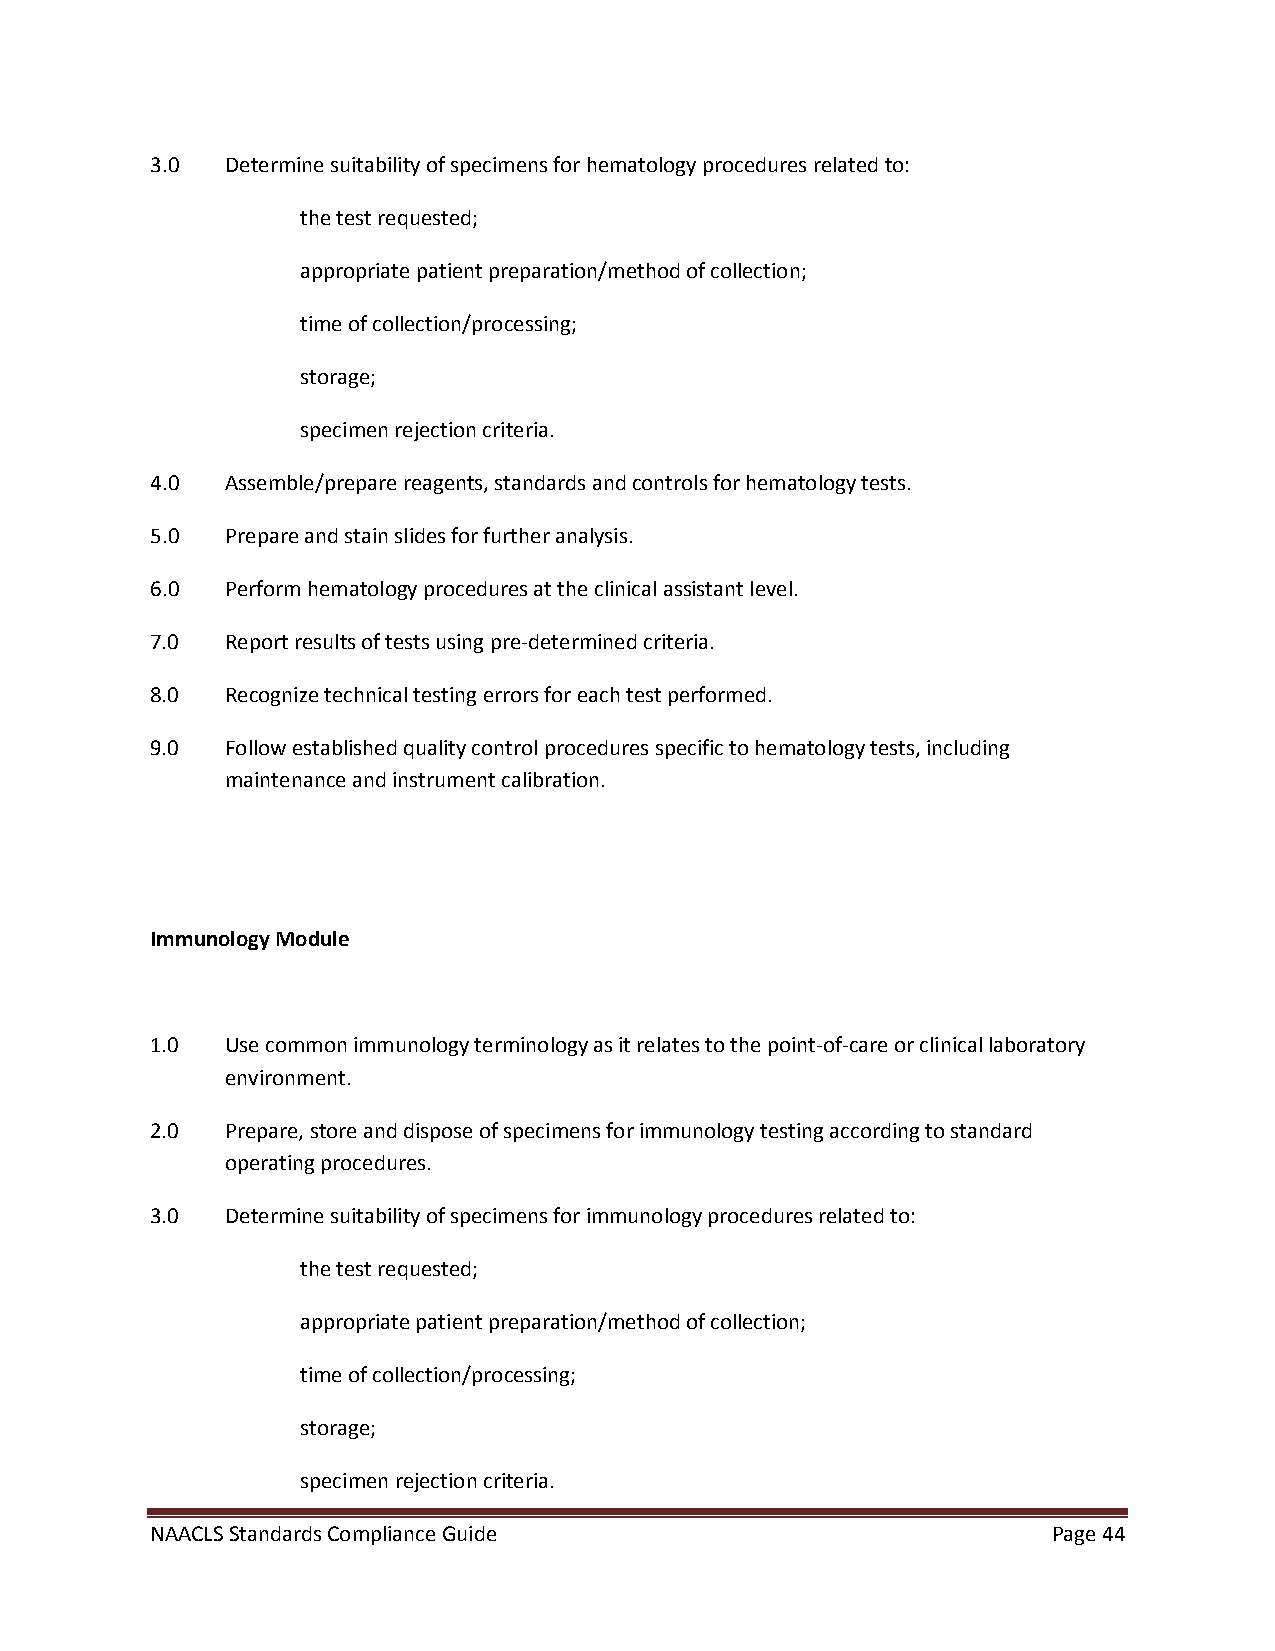
3.0  Determine suitability of specimens for hematology procedures related to:
 the test requested;
 appropriate patient preparation/method of collection;
 time of collection/processing;
 storage;
 specimen rejection criteria.
 4.0  Assemble/prepare reagents, standards and controls for hematology tests.
 5.0  Prepare and stain slides for further analysis.
 6.0  Perform hematology procedures at the clinical assistant level.
 7.0  Report results of tests using pre-determined criteria.
 8.0  Recognize technical testing errors for each test performed.
 9.0  Follow established quality control procedures specific to hematology tests, including
 maintenance and instrument calibration.
 Immunology Module
 1.0  Use common immunology terminology as it relates to the point-of-care or clinical laboratory
 environment.
 2.0  Prepare, store and dispose of specimens for immunology testing according to standard
 operating procedures.
 3.0  Determine suitability of specimens for immunology procedures related to:
 the test requested;
 appropriate patient preparation/method of collection;
 time of collection/processing;
 storage;
 specimen rejection criteria.
 NAACLS Standards Compliance Guide                           Page 44